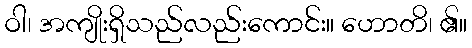
ဝါ၊ အကျိုးရှိသည်လည်းကောင်း။ ဟောတိ၊ ၏။